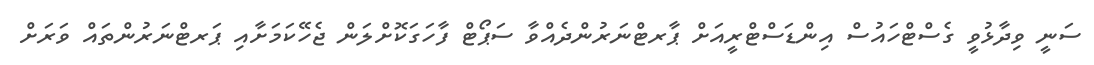
ސަނީ ވިދާޅުވީ ގެސްޓްހައުސް އިންޑަސްޓްރީއަށް ޕާރޓްނަރުންދެއްވާ ސަޕޯޓް ފާހަގަކޮށްލަން ޖެހޭކަމަށާއި ޕަރޓްނަރުންތައް ވަރަށް